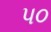
પ૦